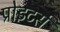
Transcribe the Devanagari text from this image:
प्रोइटर्स